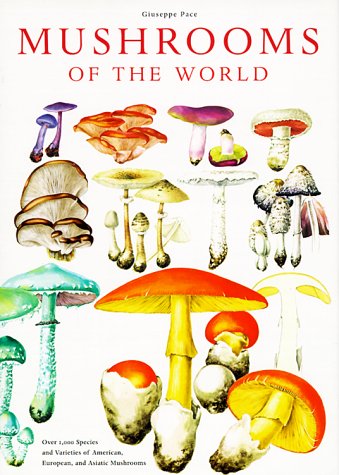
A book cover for Mushrooms of the World; Guiseppe Pace; Crafts, Hobbies & Home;